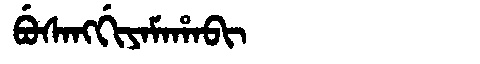
Manchu: ᠪᡠᠰᠠᠩᡤᡳᠶᠠᠮᠠᡥᠠᠪᡳ
Romanization: BUSANGGIYAMAHABI